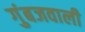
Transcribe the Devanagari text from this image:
गुंबजवाली